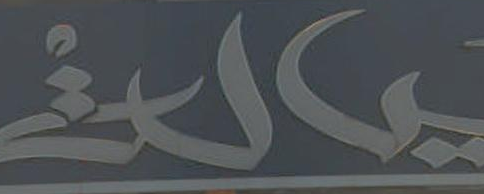
الخ